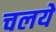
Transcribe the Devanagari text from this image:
चलये